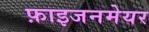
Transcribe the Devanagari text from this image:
फ़ाइजनमेयर